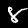
Digit: 8